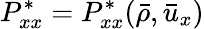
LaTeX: P_{xx}^{*}=P_{xx}^{*}(\bar{\rho},\bar{u}_{x})